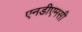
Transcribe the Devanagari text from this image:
एनडीएमसी